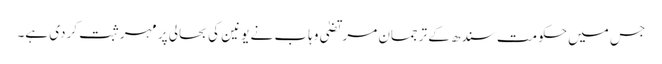
جس میں حکومت سندھ کے ترجمان مرتضیٰ وہاب نے یونین کی بحالی پر مہر ثبت کردی ہے۔